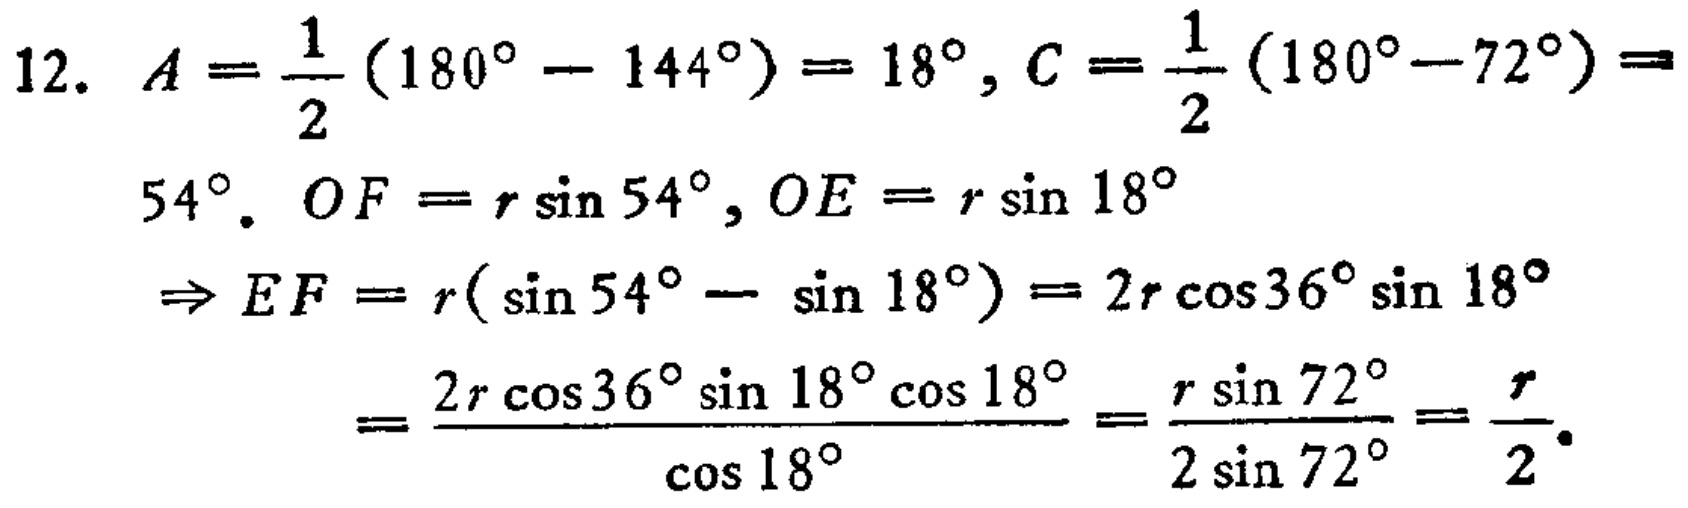
12. \(A = \frac{1}{2}(180^{\circ}-144^{\circ}) = 18^{\circ}, C=\frac{1}{2}(180^{\circ}-72^{\circ}) = 54^{\circ}\). \(OF = r\sin54^{\circ}, OE = r\sin18^{\circ}\)
\(\Rightarrow EF = r(\sin54^{\circ}-\sin18^{\circ}) = 2r\cos36^{\circ}\sin18^{\circ}\)
\(=\frac{2r\cos36^{\circ}\sin18^{\circ}\cos18^{\circ}}{\cos18^{\circ}}=\frac{r\sin72^{\circ}}{2\sin72^{\circ}}=\frac{r}{2}\).